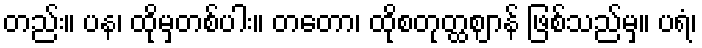
တည်း။ ပန၊ ထိုမှတစ်ပါး။ တတော၊ ထိုစတုတ္ထဈာန် ဖြစ်သည်မှ။ ပရံ၊